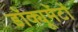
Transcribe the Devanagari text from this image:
डॉक्यूमेंटों